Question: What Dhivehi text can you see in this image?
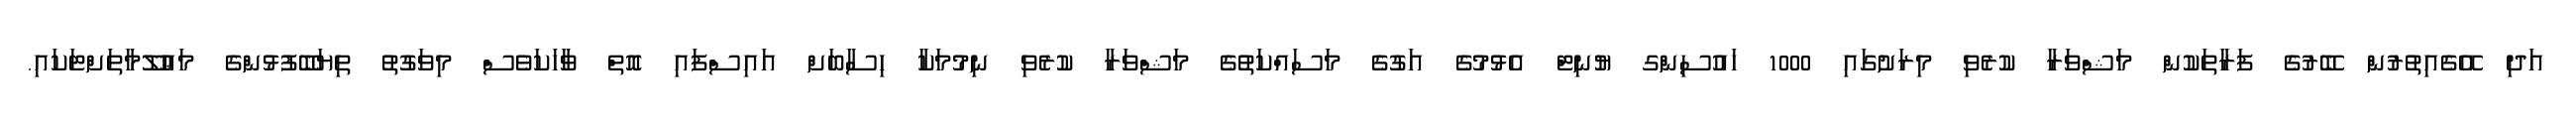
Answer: އަދި އޭގެއިތުރުން ބޭރުގެ ފަރާތަކުން މަޝްވަރާ ކުރެވި މިރަށުގައި 1000 ހައުސިންގ ޔުނިޓް އެޅުމުގެ އަގުގެ މަސައްކަތުގެ މަޝްވަރާ ކުރެވި ނިމުމަކާ ހިސާބަށް އައިސްފައި އޮތް ވާހަކަވެސް މިވަގުތު ތިޔަބޭފުޅުންގެ މަޢުލޫމާތަށްޓަކައި.